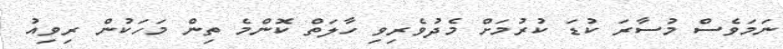
ނަމަވެސް މުސާރަ ކުޑަ ކުރުމަށް މެދުވެރިވި ހާލަތް ކޮންމެ ތިން މަހަކުން ރިވިއު